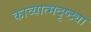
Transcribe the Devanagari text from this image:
काव्यात्मदृष्ट्या